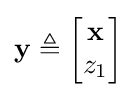
\mathbf {y} \triangleq {\begin{bmatrix}\mathbf {x} \\z_{1}\end{bmatrix}}